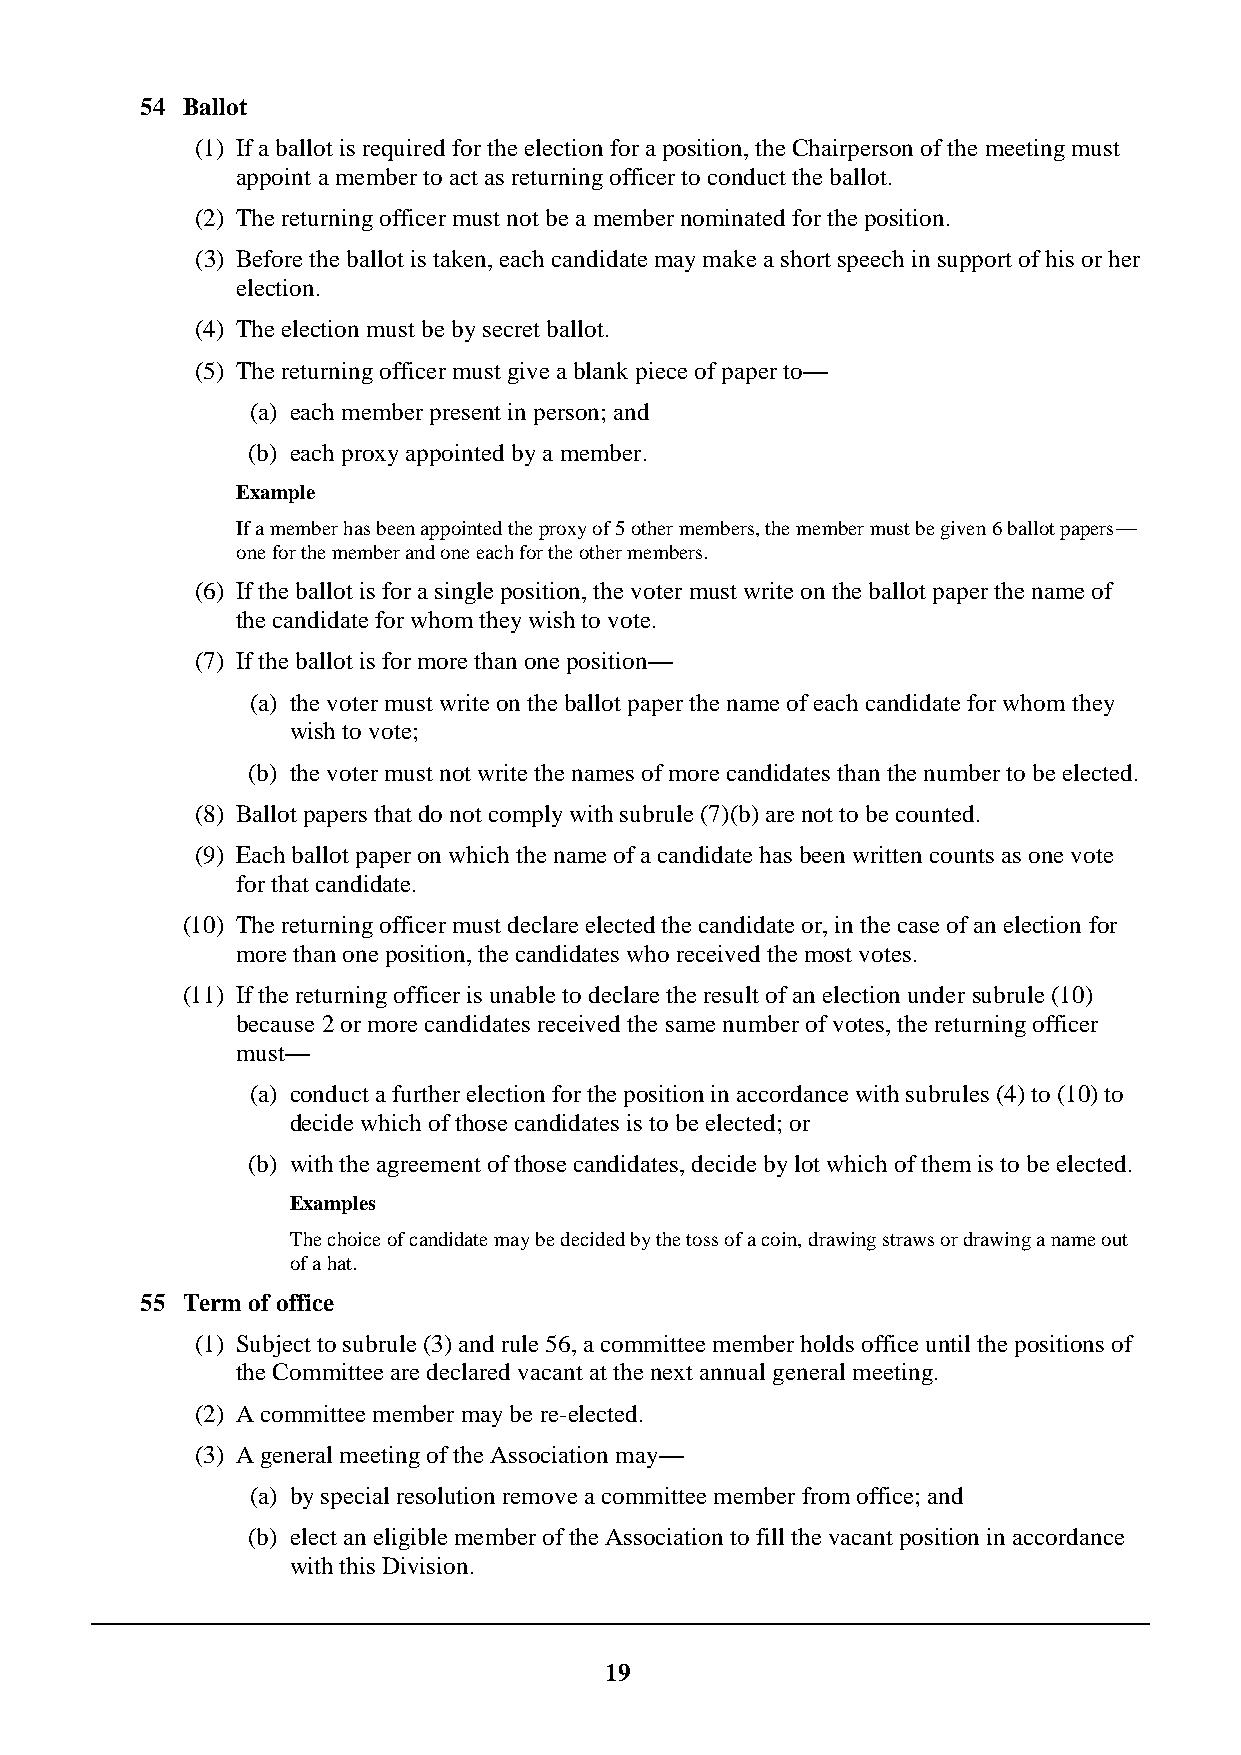
54 Ballot
 (1) If a ballot is required for the election for a position, the Chairperson of the meeting must
 appoint a member to act as returning officer to conduct the ballot.
 (2) The returning officer must not be a member nominated for the position.
 (3) Before the ballot is taken, each candidate may make a short speech in support of his or her
 election.
 (4) The election must be by secret ballot.
 (5) The returning officer must give a blank piece of paper to—
 (a) each member present in person; and
 (b) each proxy appointed by a member.
 Example
 If a member has been appointed the proxy of 5 other members, the member must be given 6 ballot papers—
 one for the member and one each for the other members.
 (6) If the ballot is for a single position, the voter must write on the ballot paper the name of
 the candidate for whom they wish to vote.
 (7) If the ballot is for more than one position—
 (a) the voter must write on the ballot paper the name of each candidate for whom they
 wish to vote;
 (b) the voter must not write the names of more candidates than the number to be elected.
 (8) Ballot papers that do not comply with subrule (7)(b) are not to be counted.
 (9) Each ballot paper on which the name of a candidate has been written counts as one vote
 for that candidate.
 (10) The returning officer must declare elected the candidate or, in the case of an election for
 more than one position, the candidates who received the most votes.
 (11) If the returning officer is unable to declare the result of an election under subrule (10)
 because 2 or more candidates received the same number of votes, the returning officer
 must—
 (a) conduct a further election for the position in accordance with subrules (4) to (10) to
 decide which of those candidates is to be elected; or
 (b) with the agreement of those candidates, decide by lot which of them is to be elected.
 Examples
 The choice of candidate may be decided by the toss of a coin, drawing straws or drawing a name out
 of a hat.
 55 Term of office
 (1) Subject to subrule (3) and rule 56, a committee member holds office until the positions of
 the Committee are declared vacant at the next annual general meeting.
 (2) A committee member may be re-elected.
 (3) A general meeting of the Association may—
 (a) by special resolution remove a committee member from office; and
 (b) elect an eligible member of the Association to fill the vacant position in accordance
 with this Division.
 19